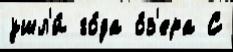
ушл'и́ го́да о́з'ера С